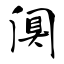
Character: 阒